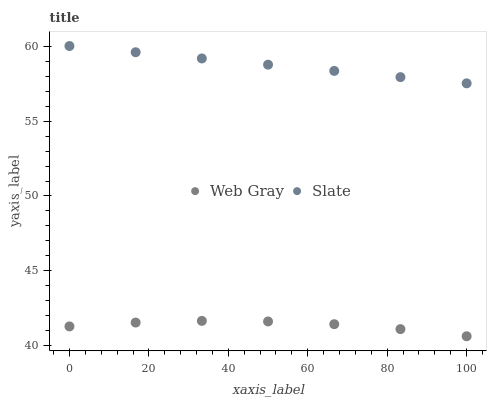
| xaxis_label | Web Gray | Slate |
 | --- | --- | --- |
 | 0 | 41.3 | 60 |
 | 16.7 | 41.6 | 59.6 |
 | 33.3 | 41.7 | 59.2 |
 | 50 | 41.6 | 58.8 |
 | 66.7 | 41.5 | 58.3 |
 | 83.3 | 41.1 | 57.9 |
 | 100 | 40.6 | 57.5 |